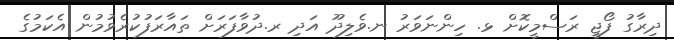
ދިރާގު ފޯޖީ ރަސްމީކޮށް ޅ. ހިންނަވަރު ނ.ވެލިދޫ އަދި ރ.ދުވާފަރަށް ތައާރަފުކުރެވުމުން އެކަމުގެ